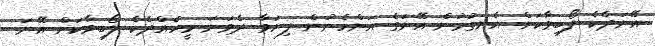
އޭނަދެކެ ލޯބިވާކަން އެނގުމުން އޭނަގެ އަންހެނުން ފިޔަވާ ދެވަނަ މީހެއްދެކެ ލޯބިވާކަށް އޭނަ